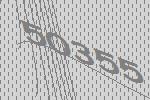
50355